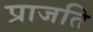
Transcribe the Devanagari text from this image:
प्राजति